Report of the Indian Hemp Drugs Commission, 1894-1895 - Volume VII
Year: 1894
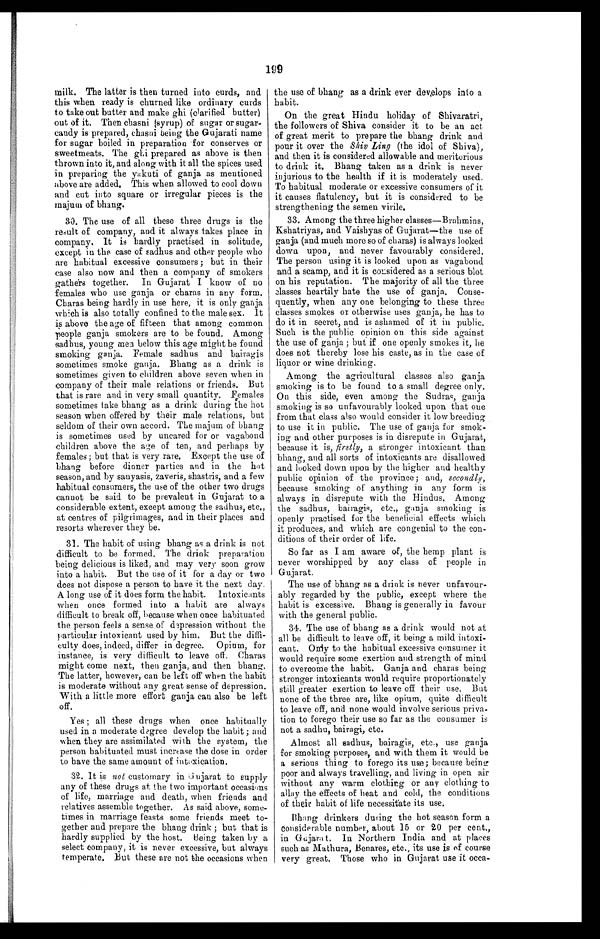
199
milk. The latter is then turned into curds, and
this when ready is churned like ordinary curds
to take out butter and make ghi (clarified butter)
out of it, Then chasni (syrup) of sugar or sugar-
candy is prepared, chasni being the Gujarati name
for sugar boiled in preparation for conserves or
sweetmeats. The ghi prepared as above is then
thrown into it, and along with it all the spices used
in preparing the yakuti of ganja as mentioned
above are added. This when allowed to cool down
and cut into square or irregular pieces is the
majum of bhang.
30. The use of all these three drugs is the
result of company, and it always takes place in
company, It is hardly practised in solitude,
except in the case of sadhus and other people who
are habitual excessive consumers ; but in their
case also now and then a company of smokers
gathers together. In Gujarat I know of no
females who use ganja or charas in any form.
Charas being hardly in use here, it is only ganja
which is also totally confined to the male sex. It
is above the age of fifteen that among common
people ganja smokers are to be found. Among
sadhus, young men below this age might be found
smoking ganja. Female sadhus and bairagis
sometimes smoke gauja. Bhang as a drink is
sometimes given to children above seven when in
company of their male relations or friends. But
that is rare and in very small quantity. Female
sometimes take bhang as a drink during the hot
season when offered by their male relations, but
seldom of their own accord. The majam of bhang
is sometimes used by uncared for or vagabond
children above the age of ten, and perhaps by
females; but that is very rare, Except the use of
bhang before dinner parties and in the hot
season, and by sanyasis, zaveris, shastris, and a few
habitual consumers, the use of the other two drugs
cannot be said to be prevalent in Gujarat to a
considerable extent, except among the sadhus, etc.,
at centres of pilgrimages, and in their places and
resorts wherever they be.
31. The habit of using bhang as a drink is not
difficult to be formed. The drink preparation
being delicious is liked, and may very soon grow
into a habit. But the use of it for a day or two
does not dispose a person to have it the next day.
A long use of it does form the habit. Intoxicants
when once formed into a habit are always
difficult to break off, because when once habituated
the person feels a sense of depression without the
particular intoxicant used by him. But the diffi-
culty does, indeed, differ in degree. Opium, for
instance, is very difficult to leave off. Charas
might come next, then ganja, and then bhang.
The latter, however, can be left off when the habit
is moderate without any great sense of depression.
With a little more effort ganja can also be left
off.
Yes ; all these drugs when once habitually
used in a moderate degree develop the habit ; and
when they are assimilated with the system, the
person habituated must increase the dose in order
to have the same amount of intoxication.
32. It is not customary in Gujarat to supply
any of these drugs at the two important occasions
of life, marriage and death, when friends and
relatives assemble together. As said above, some-
times in marriage feasts some friends meet to-
gether and prepare the bhang drink ; but that is
hardly supplied by the host, Being taken by a
select company, it is never excessive, but always
temperate, But these are not the occasions when
the use of Chang as a drink ever develops into a
habit.
On the great Hindu holiday of. Shivaratri,
the followers of Shiva consider it to be an act
of great merit to prepare the bhang drink and
pour it over the Shiv Ling (the idol of Shiva),
and then it is considered allowable and meritorious
to drink it. Bhang taken as a drink is never
injurious to the health if it is moderately used.
To habitual moderate or excessive consumers of it
it causes flatulency, but it is considered to be
strengthening the semen virile.
33. Among the three higher classes—Brahmins,
Kshatriyas, and Vaishyas of Gujarat—the use of
ganja (and much more so of charas) is always looked
down upon, and never favourably considered.
The person using it is looked upon as vagabond
and a scamp, and it is considered as a serious blot
on his reputation. The majority of all the three
classes heartily hate the use of ganja. Conse-
quently, when any one belonging to these three
classes smokes or otherwise uses ganja, he has to
do it in secret, and is ashamed of it in public.
Such is the public o p inion on this side against
the use of ganja ; but if one openly smokes it, he
does not thereby lose his caste, as in the case of
liquor or wine drinking.
Among the agricultural classes also ganja
smoking is to be found to a small degree only.
On this side, even among the Sudras, ganja
smoking is so unfavourably looked upon that one
from that class also would consider it low breeding
to use it in public. The use of ganja for smok-
ing and other purposes is in disrepute in Gujarat,
because it is, firstly, a stronger intoxicant than
bhang, and all sorts of intoxicants are disallowed
and looked down upon by the higher and healthy
public opinion of the province; and, secondly,
because smoking of anything in any form is
always in disrepute with the Hindus. Among
the sadhus, bairagis, etc., ganja smoking is
openly practised for the beneficial effects which
it produces, and which are congenial to the con-
ditions of their order of life.
So far as I am aware of, the hemp plant is
never worshipped by any class of people in
Gujarat.
The use of bhang as a drink is never unfavour-
ably regarded by the public, except where the
habit is excessive. Bhaug is generally in favour
with the general public.
34. The use of bhang as a drink would not at
all be difficult to leave off, it being a mild intoxi-
cant. Only to the habitual excessive consumer it
would require some exertion and strength of mind
to overcome the habit. Ganja and charas being
stronger intoxicants would require proportionately
still greater exertion to leave off their use. But
none of the three are, like opium, quite difficult
to leave off, and none would involve serious priva-
tion to forego their use so far as the consumer is
not a sadhu, bairagi, etc.
Almost all sadhus, bairagis, etc., use ganja
for smoking purposes, and with them it would be
a serious thing to forego its use; because beings
poor and always travelling, and living in open air
without any warm clothing or any clothing to
allay the effects of heat and cold, the conditions
of their habit of life necessitate its use.
Bhang drinkers during the hot season form a
considerable number, about 15 or 20 per cent.,
in Gujarat. In Northern India and at places
such as Mathura, Benares, etc., its use is of course
very great, Those who in Gujarat use it occa-